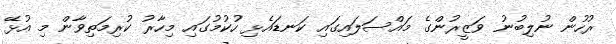
ރުހުން ނުލިބުނު ވަޒީރުންގެ މައްސަލައިގައި ކަނޑައެޅި ހުކުމުގައި މިހާރު ކުރިމަތިވާން މި އުޅޭ